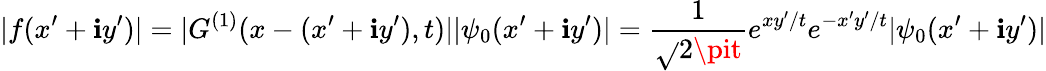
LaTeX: |f(x^{\prime}+\mathbf{i}y^{\prime})|=|G^{(1)}(x-(x^{\prime}+\mathbf{i}y^{\prime}),t)||\psi_{0}(x^{\prime}+\mathbf{i}y^{\prime})|=\frac{{1}}{{\sqrt{}{{2\pit}}}}e^{xy^{\prime}/t}e^{-x^{\prime}y^{\prime}/t}|\psi_{0}(x^{\prime}+\mathbf{i}y^{\prime})|